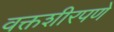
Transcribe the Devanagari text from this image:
वक्तशीरपणे